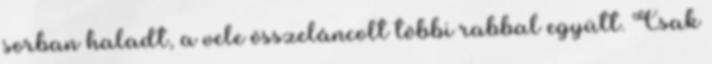
sorban haladt, a vele összeláncolt többi rabbal együtt. Csak